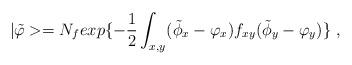
LaTeX: \begin{align*}|\tilde{\varphi}> = N_fexp\{-{\frac {1}{2}}\int_{x,y} (\tilde{\phi}_x - \varphi_x)f_{xy}(\tilde{\phi}_y - \varphi_y)\} \;,\end{align*}